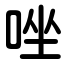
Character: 唑